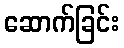
ဆောက်ခြင်း